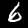
Digit: 6